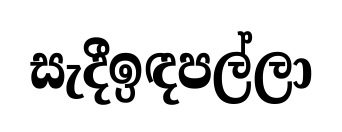
සැදීඉඳපල්ලා